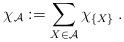
LaTeX: \begin{align*}\chi_\mathcal{A}:=\sum_{X\in\mathcal{A}}\chi_{\{X\}}\:.\end{align*}